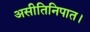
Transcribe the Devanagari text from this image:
असीतिनिपात।